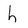
Character: h